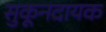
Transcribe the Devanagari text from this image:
सुकूनदायक